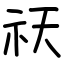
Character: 祆